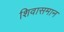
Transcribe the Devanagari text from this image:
शिवासमान